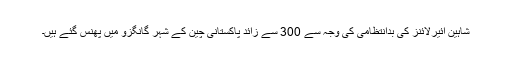
شاہین ائیرلائنز کی بدانتظامی کی وجہ سے 300 سے زائد پاکستانی چین کے شہر گانگزو میں پھنس گئے ہیں۔